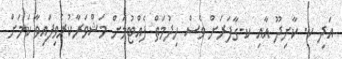
އަދި ކ. ކާށިދޫ އާއި ކ.ގާފަރަށް ވެސް ހިދުމަތް ފެއްޓުމަށް މަޝްވަރާކުރެވިފައިވާ ކަމަށް